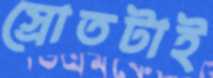
স্রোতটাই